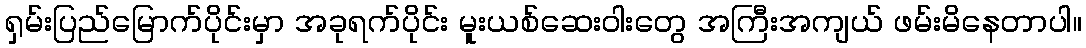
ရှမ်းပြည်မြောက်ပိုင်းမှာ အခုရက်ပိုင်း မူးယစ်ဆေးဝါးတွေ အကြီးအကျယ် ဖမ်းမိနေတာပါ။